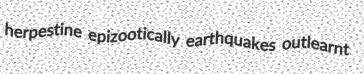
herpestine epizootically earthquakes outlearnt